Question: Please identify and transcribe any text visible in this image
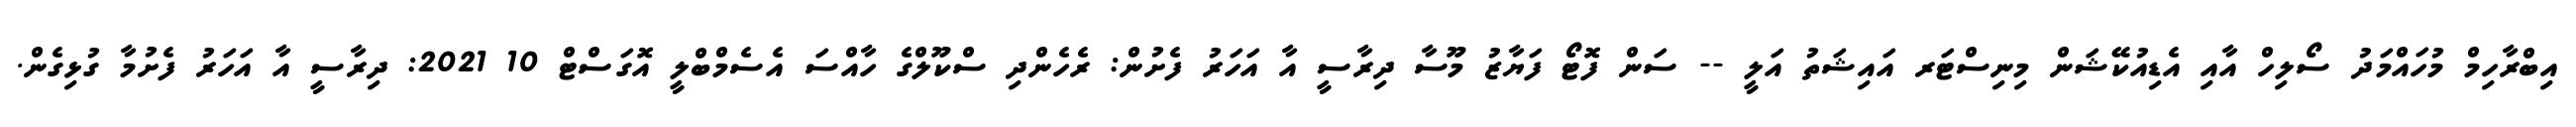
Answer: އިބްރާހިމް މުހައްމަދު ސޯލިހް އާއި އެޑިއުކޭޝަން މިނިސްޓަރ އައިޝަތު އަލީ -- ސަން ފޮޓޯ ފަޔާޒު މޫސާ ދިރާސީ އާ އަހަރު ފެށުން: ރެހެންދި ސްކޫލްގެ ހާއްސަ އެސެމްބްލީ އޮގަސްޓް 10 2021: ދިރާސީ އާ އަހަރު ފެށުމާ ގުޅިގެން.